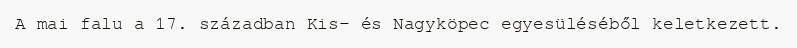
A mai falu a 17. században Kis- és Nagyköpec egyesüléséből keletkezett.